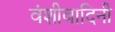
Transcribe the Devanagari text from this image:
वंशीवादिनी